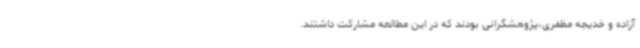
آزاده و خدیجه مظفری،پژوهشگرانی بودند که در این مطالعه مشارکت داشتند.